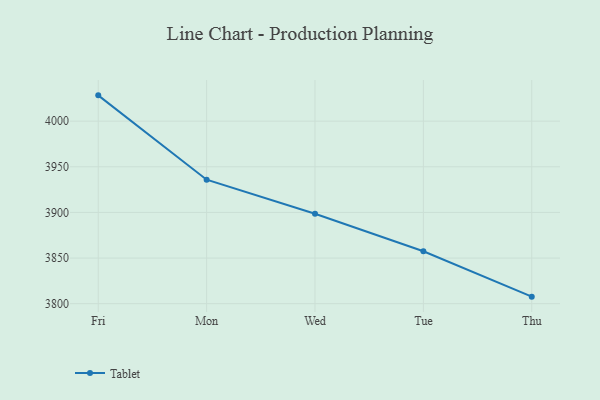
{"axis": {"x": "Day", "y": "Net Income (USD K)"}, "legend": ["Tablet"], "data": [{"x": "Fri", "y": 4028.3, "type": "Tablet"}, {"x": "Mon", "y": 3935.9, "type": "Tablet"}, {"x": "Wed", "y": 3898.6, "type": "Tablet"}, {"x": "Tue", "y": 3857.5, "type": "Tablet"}, {"x": "Thu", "y": 3807.7, "type": "Tablet"}]}